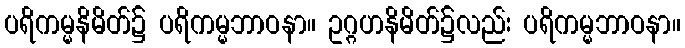
ပရိကမ္မနိမိတ်၌ ပရိကမ္မဘာဝနာ။ ဥဂ္ဂဟနိမိတ်၌လည်း ပရိကမ္မဘာဝနာ။